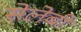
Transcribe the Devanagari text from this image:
सेलेबी